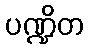
ပဏ္ဍိတ